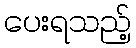
ပေးရသည့်